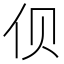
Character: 𱎡